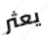
يعثر